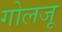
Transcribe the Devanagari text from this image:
गोलजू